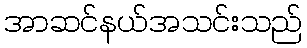
အာဆင်နယ်အသင်းသည်